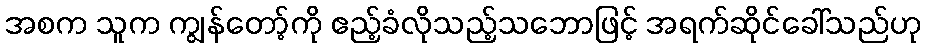
အစက သူက ကျွန်တော့်ကို ဧည့်ခံလိုသည့်သဘောဖြင့် အရက်ဆိုင်ခေါ်သည်ဟု